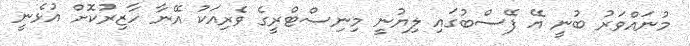
މުނައްވަރު ބުނީ އޭ ފޭސްބުގައި ލިޔުނީ މިނިސްޓްރީގެ ވެރިއަކު އޭނާ ހާޒިރުކޮށް އުޅެނީ